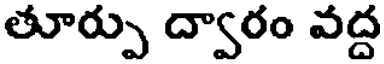
తూర్పు ద్వారం వద్ద